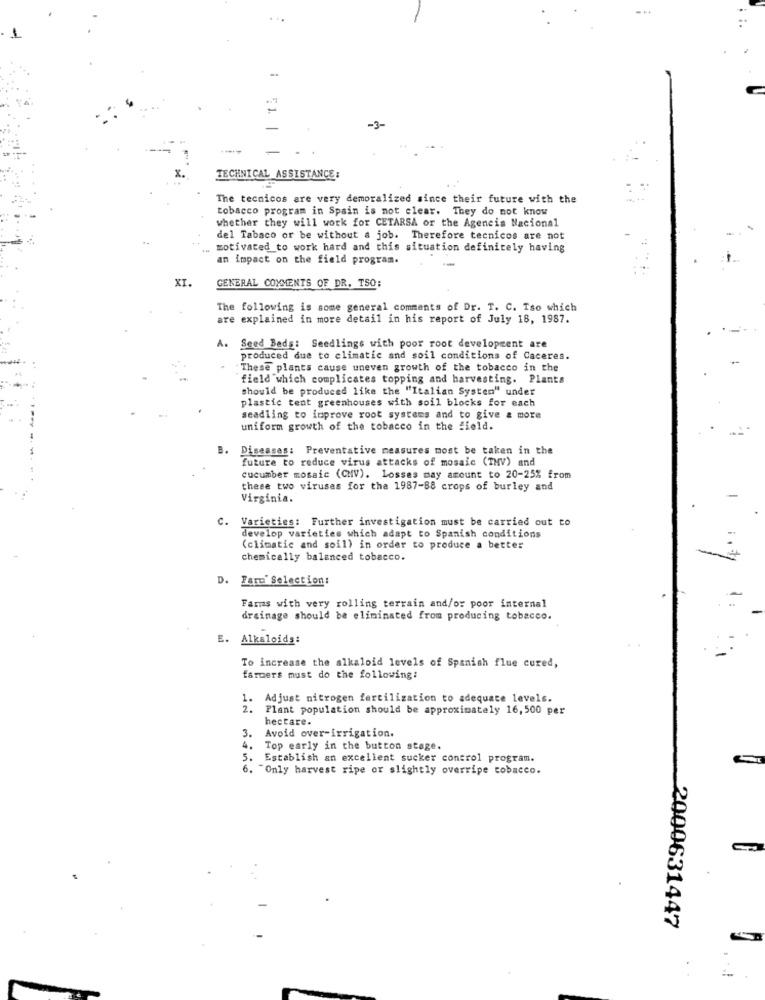
-3-
TECHNICAL ASSISTANCE:
The tecnicos are very demoralized since their future with the
tobacco program in Spain is not clear. They do not know
whether they will work for CETARSA or the Agencia Nacional
del Tabaco or be without a job. Therefore tecnicos are not
motivated to work hard and this situation definitely having
an impact on the field program.
XI.
GENERAL COMMENTS OF DR. TSO:
The following is some general comments of Dr. T. C. Iso which
are explained in more detail in his report of July 18, 1987.
A. Seed Beds: Seedlings with poor root development are
produced due to climatic and soil conditions of Caceres.
These plants cause uneven growth of the tobacco in the
field which complicates topping and harvesting. Plants
should be produced like the "Italian System" under
plastic tent greenhouses with soil blocks for each
seadling to improve root systems and to give & more
uniform growth of the tobacco in the field.
B.
Diseases: Preventative measures most be taken in the
future to reduce virus attacks of mosaic (THV) and
cucumber mosaic (CMV). Losses may amount to 20-25% from
these two viruses for the 1987-88 crops of burley and
Virginia.
C. Varieties: Further investigation must be carried out to
develop varieties which adapt to Spanish conditions
(climatic and soil) in order to produce a better
chemically balanced tobacco.
. Faro' Selection:
Farms with very rolling terrain and/or poor internal
drainage should be eliminated from producing tobacco.
. Alkaloids:
To increase the alkaloid levels of Spanish flue cured,
farmers must do the following:
1. Adjust nitrogen fertilization to adequate levels.
2 .
Plant population should be approximately 16,500 per
hectare.
3.
Avoid over-irrigation.
4.
Top early in the button stage.
.Establish an excellent sucker control program.
6. "Only harvest ripe or slightly overripe tobacco.
2000631447